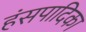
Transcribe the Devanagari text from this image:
हंसपादिका